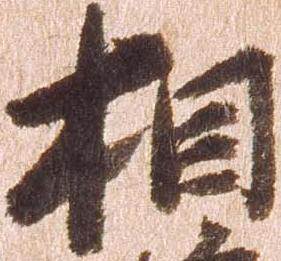
相